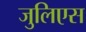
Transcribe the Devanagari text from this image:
जुलिएस